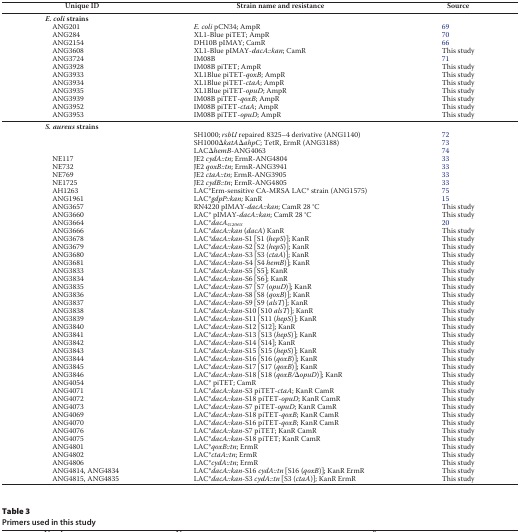
<table><thead><tr><td><b>Unique ID</b></td><td><b>Strain name and resistance</b></td><td><b>Source</b></td></tr></thead><tbody><tr><td colspan="2"><b><i>E. coli</i></b> strains</td><td></td></tr><tr><td>ANG201</td><td><i>E. coli</i> pCN34; AmpR</td><td>69</td></tr><tr><td>ANG284</td><td>XL1-Blue piTET; AmpR</td><td>70</td></tr><tr><td>ANG2154</td><td>DH10B pIMAY; CamR</td><td>66</td></tr><tr><td>ANG3608</td><td>XL1-Blue pIMAY-<i>dacA::kan</i>; CamR</td><td>This study</td></tr><tr><td>ANG3724</td><td>IM08B</td><td>71</td></tr><tr><td>ANG3928</td><td>IM08B piTET; AmpR</td><td>This study</td></tr><tr><td>ANG3933</td><td>XL1Blue piTET-<i>qoxB</i>; AmpR</td><td>This study</td></tr><tr><td>ANG3934</td><td>XL1Blue piTET-<i>ctaA</i>; AmpR</td><td>This study</td></tr><tr><td>ANG3935</td><td>XL1Blue piTET-<i>opuD</i>; AmpR</td><td>This study</td></tr><tr><td>ANG3939</td><td>IM08B piTET-<i>qoxB</i>; AmpR</td><td>This study</td></tr><tr><td>ANG3952</td><td>IM08B piTET-<i>ctaA</i>; AmpR</td><td>This study</td></tr><tr><td>ANG3953</td><td>IM08B piTET-<i>opuD</i>; AmpR</td><td>This study</td></tr><tr><td colspan="2"><b><i>S. aureus</i></b> strains</td><td></td></tr><tr><td></td><td>SH1000; <i>rsbU</i> repaired 8325–4 derivative (ANG1140)</td><td>72</td></tr><tr><td></td><td>SH1000Δ<i>katA</i>Δ<i>ahpC</i>; TetR, ErmR (ANG3188)</td><td>73</td></tr><tr><td></td><td>LACΔ<i>hemB</i>-ANG4063</td><td>74</td></tr><tr><td>NE117</td><td>JE2 <i>cydA::tn</i>; ErmR-ANG4804</td><td>33</td></tr><tr><td>NE732</td><td>JE2 <i>qoxB::tn</i>; ErmR-ANG3941</td><td>33</td></tr><tr><td>NE769</td><td>JE2 <i>ctaA::tn</i>; ErmR-ANG3905</td><td>33</td></tr><tr><td>NE1725</td><td>JE2 <i>cydB::tn</i>; ErmR-ANG4805</td><td>33</td></tr><tr><td>AH1263</td><td>LAC*Erm-sensitive CA-MRSA LAC* strain (ANG1575)</td><td>75</td></tr><tr><td>ANG1961</td><td>LAC*<i>gdpP::kan;</i> KanR</td><td>15</td></tr><tr><td>ANG3657</td><td>RN4220 pIMAY<i>-dacA::kan</i>; CamR 28 °C</td><td>This study</td></tr><tr><td>ANG3660</td><td>LAC* pIMAY<i>-dacA::kan</i>; CamR 28 °C</td><td>This study</td></tr><tr><td>ANG3664</td><td>LAC*<i>dacA<sub>G206S</sub></i></td><td>20</td></tr><tr><td>ANG3666</td><td>LAC*<i>dacA::kan</i> (<i>dacA</i>) KanR</td><td>This study</td></tr><tr><td>ANG3678</td><td>LAC*<i>dacA::kan-</i>S1 [S1 (<i>hepS</i>)]; KanR</td><td>This study</td></tr><tr><td>ANG3679</td><td>LAC*<i>dacA::kan</i>-S2 [S2 (<i>hepS</i>)]; KanR</td><td>This study</td></tr><tr><td>ANG3680</td><td>LAC*<i>dacA::kan</i>-S3 [S3 (<i>ctaA</i>)]; KanR</td><td>This study</td></tr><tr><td>ANG3681</td><td>LAC*<i>dacA::kan</i>-S4 [S4 <i>hemB</i>)]; KanR</td><td>This study</td></tr><tr><td>ANG3833</td><td>LAC*<i>dacA::kan</i>-S5 [S5]; KanR</td><td>This study</td></tr><tr><td>ANG3834</td><td>LAC*<i>dacA::kan</i>-S6 [S6]; KanR</td><td>This study</td></tr><tr><td>ANG3835</td><td>LAC*<i>dacA::kan</i>-S7 [S7 (<i>opuD</i>)]; KanR</td><td>This study</td></tr><tr><td>ANG3836</td><td>LAC*<i>dacA::kan</i>-S8 [S8 (<i>qoxB</i>)]; KanR</td><td>This study</td></tr><tr><td>ANG3837</td><td>LAC*<i>dacA::kan</i>-S9 [S9 (<i>alsT</i>)]; KanR</td><td>This study</td></tr><tr><td>ANG3838</td><td>LAC*<i>dacA::kan</i>-S10 [S10 <i>alsT</i>)]; KanR</td><td>This study</td></tr><tr><td>ANG3839</td><td>LAC*<i>dacA::kan</i>-S11 [S11 (<i>hepS</i>)]; KanR</td><td>This study</td></tr><tr><td>ANG3840</td><td>LAC*<i>dacA::kan</i>-S12 [S12]; KanR</td><td>This study</td></tr><tr><td>ANG3841</td><td>LAC*<i>dacA::kan</i>-S13 [S13 (<i>hepS</i>)]; KanR</td><td>This study</td></tr><tr><td>ANG3842</td><td>LAC*<i>dacA::kan</i>-S14 [S14]; KanR</td><td>This study</td></tr><tr><td>ANG3843</td><td>LAC*<i>dacA::kan</i>-S15 [S15 (<i>hepS</i>)]; KanR</td><td>This study</td></tr><tr><td>ANG3844</td><td>LAC*<i>dacA::kan</i>-S16 [S16 (<i>qoxB</i>)]; KanR</td><td>This study</td></tr><tr><td>ANG3845</td><td>LAC*<i>dacA::kan</i>-S17 [S17 (<i>qoxB</i>)]; KanR</td><td>This study</td></tr><tr><td>ANG3846</td><td>LAC*<i>dacA::kan</i>-S18 [S18 (<i>qoxB</i>/Δ<i>opuD</i>)]; KanR</td><td>This study</td></tr><tr><td>ANG4054</td><td>LAC* piTET; CamR</td><td>This study</td></tr><tr><td>ANG4071</td><td>LAC*<i>dacA::kan</i>-S3 piTET-<i>ctaA</i>; KanR CamR</td><td>This study</td></tr><tr><td>ANG4072</td><td>LAC*<i>dacA::kan</i>-S18 piTET-<i>opuD</i>; KanR CamR</td><td>This study</td></tr><tr><td>ANG4073</td><td>LAC*<i>dacA::kan</i>-S7 piTET-<i>opuD</i>; KanR CamR</td><td>This study</td></tr><tr><td>ANG4069</td><td>LAC*<i>dacA::kan</i>-S18 piTET-<i>qoxB</i>; KanR CamR</td><td>This study</td></tr><tr><td>ANG4070</td><td>LAC*<i>dacA::kan</i>-S16 piTET-<i>qoxB</i>; KanR CamR</td><td>This study</td></tr><tr><td>ANG4076</td><td>LAC*<i>dacA::kan</i>-S7 piTET; KanR CamR</td><td>This study</td></tr><tr><td>ANG4075</td><td>LAC*<i>dacA::kan</i>-S18 piTET; KanR CamR</td><td>This study</td></tr><tr><td>ANG4801</td><td>LAC*<i>qoxB::tn</i>; ErmR</td><td>This study</td></tr><tr><td>ANG4802</td><td>LAC*<i>ctaA::tn</i>; ErmR</td><td>This study</td></tr><tr><td>ANG4806</td><td>LAC*<i>cydA::tn</i>; ErmR</td><td>This study</td></tr><tr><td>ANG4814, ANG4834</td><td>LAC*<i>dacA::kan</i>-S16 <i>cydA::tn</i> [S16 (<i>qoxB</i>)]; KanR ErmR</td><td>This study</td></tr><tr><td>ANG4815, ANG4835</td><td>LAC*<i>dacA::kan</i>-S3 <i>cydA::tn</i> [S3 (<i>ctaA</i>)]; KanR ErmR</td><td>This study</td></tr></tbody></table>